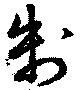
制